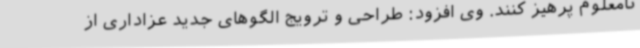
نامعلوم پرهیز کنند. وی افزود: طراحی و ترویج الگوهای جدید عزاداری از